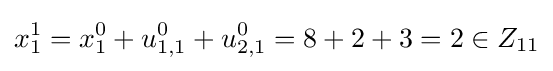
x_{1}^{1}=x_{1}^{0}+u_{1,1}^{0}+u_{2,1}^{0}=8+2+3=2\in Z_{11}